Report of the Indian Hemp Drugs Commission, 1894-1895 - Volume VIII
Year: 1894
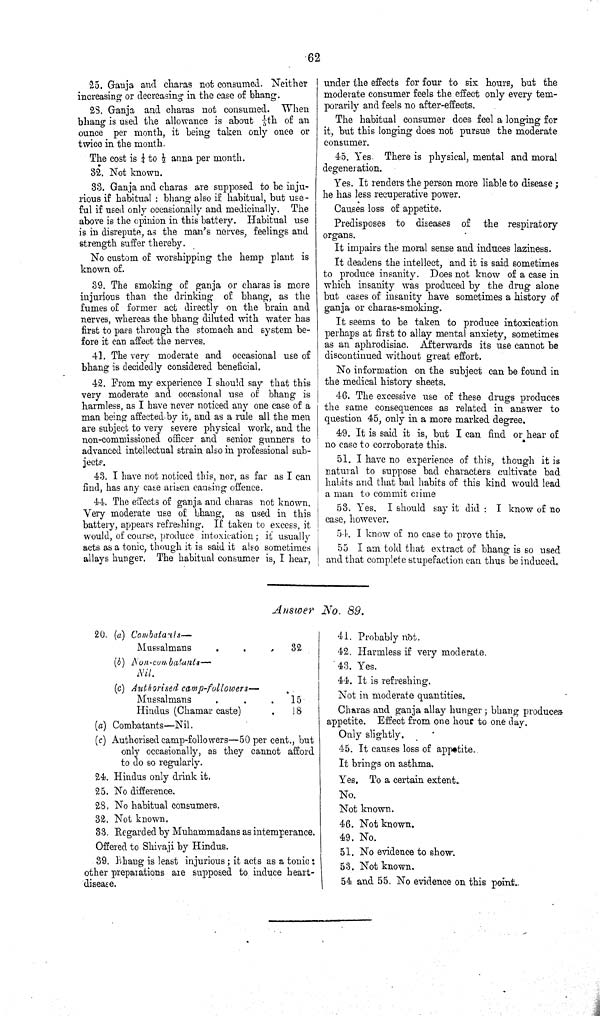
62
25. Ganja and charas not consumed. Neither
increasing or decreasing in the case of bhang.
28. Ganja and charas not consumed. When
bhang is used the allowance is about 1/5th of an
ounce per month, it being taken only once or
twice in the month.
The cost is 1/4 to 1/2 anna per month.
32. Not known.
33. Ganja and charas are supposed to be inju-
rious if habitual: bhang also if habitual, but use-
ful if used only occasionally and medicinally.
The
above is the opinion in this battery. Habitual use
is in disrepute, as the man's nerves, feelings and
strength suffer thereby.
No custom of worshipping the hemp plant is
known of.
39. The smoking of ganja or charas is more
injurious than the drinking of bhang, as the
fumes of former act directly on the brain and
nerves, whereas the bhang diluted with water has
first to pass through the stomach and system be-
fore it can affect the nerves.
41. The very moderate and occasional use of
bhang is decidedly considered beneficial.
42. From my experience I should say that this
very moderate and occasional use of bhang is
harmless, as I have never noticed any one case of a
man being affected by it, and as a rule all the men
are subject to very severe physical work, and the
non-commissioned officer and senior gunners to
advanced intellectual strain also in professional sub-
jects.
43. I have not noticed this, nor, as far as I can
find, has any case arisen causing offence.
44. The effects of ganja and charas not known.
Very moderate use of bhang, as used in this
battery, appears refreshing. If taken to excess, it
would, of course, produce intoxication; it usually
acts as a tonic, though it is said it also sometimes
allays hunger. The habitual consumer is, I hear,
under the effects for four to six hours, but the
moderate consumer feels the effect only every tem-
porarily and feels no after-effects.
The habitual consumer does feel a longing for
it, but this longing does not pursue the moderate
consumer.
45. Yes. There is physical, mental and moral
degeneration.
Yes. It renders the person more liable to disease;
he has less recuperative power.
Causes loss of appetite.
Predisposes to diseases of
the respiratory
organs.
It impairs the moral sense and induces laziness.
It deadens the intellect, and it is said sometimes
to produce insanity. Does not know of a case in
which insanity was produced by the drug alone
but cases of insanity have sometimes a history of
ganja or charas-smoking.
It seems to be taken to produce intoxication
perhaps at first to allay mental anxiety, sometimes
as an aphrodisiac. Afterwards its use cannot be
discontinued without great effort.
No information on the subject can be found in
the medical history sheets.
46. The excessive use of these drugs produces
the same consequences as related in answer to
question 45, only in a more marked degree.
49. It is said it is, but I can find or hear of
no case to corroborate this.
51. I have no experience of this, though it is
natural to suppose bad characters cultivate bad
habits and that bad habits of this kind would lead
a man to commit crime
53. Yes. I should say it did: I know of no
case, however.
54. I know of no case to prove this.
55 I am told that extract of bhang is so used
and that complete stupefaction can thus be induced.
Answer No. 89.
20. (a)
Combatants—
Mussalmans
32
(b) Non-combatants—
Nil.
(c) Authorised
camp-followers—
Mussalmans
15
Hindus (Chamar caste)
18
(a) Combatants—Nil.
(c) Authorised camp-followers—50 per cent., but
only occasionally, as they cannot afford
to do so regularly.
24. Hindus only drink it.
25. No difference.
28. No habitual consumers.
32. Not known.
33. Regarded by Muhammadans as intemperance.
Offered to Shivaji by Hindus.
39. Bhang is least injurious; it acts as a tonic:
other preparations are supposed to induce heart-
disease.
41. Probably not.
42. Harmless if very moderate.
43. Yes.
44. It is refreshing.
Not in moderate quantities.
Charas and ganja allay hunger; bhang produces
appetite. Effect from one hour to one day.
Only slightly.
45. It causes loss of appetite.
It brings on asthma.
Yes. To a certain extent.
No.
Not known.
46. Not known.
49. No.
51. No evidence to show.
53. Not known.
54 and 55. No evidence on this point.